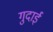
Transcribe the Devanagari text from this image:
गुदाई